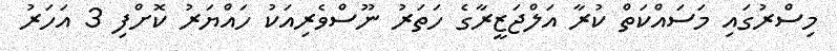
މިސްރުގައި މަސައްކަތް ކުރާ އަލްޖަޒީރާގެ ހަތަރު ނޫސްވެރިއަކު ހައްޔަރު ކޮށްފި 3 އަހަރު